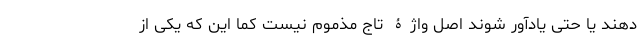
دهند یا حتی یادآور شوند اصل واژۀ تاج مذموم نیست کما این که یکی از